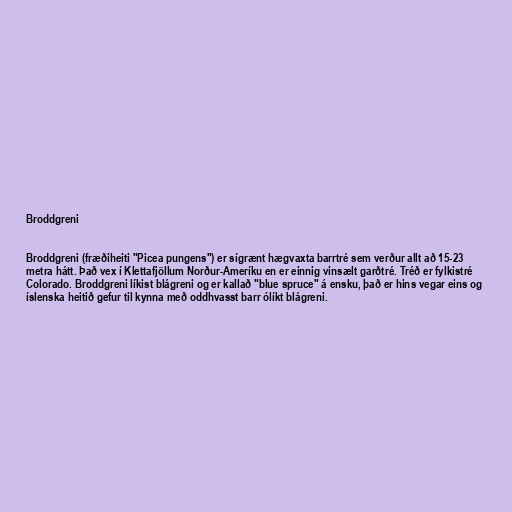
Broddgreni

Broddgreni (fræðiheiti "Picea pungens") er sígrænt hægvaxta barrtré sem verður allt að 15-23
metra hátt. Það vex í Klettafjöllum Norður-Ameríku en er einnig vinsælt garðtré. Tréð er fylkistré
Colorado. Broddgreni líkist blágreni og er kallað "blue spruce" á ensku, það er hins vegar eins og
íslenska heitið gefur til kynna með oddhvasst barr ólíkt blágreni.